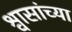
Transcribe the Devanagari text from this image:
श्वासांच्या